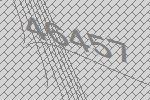
46457